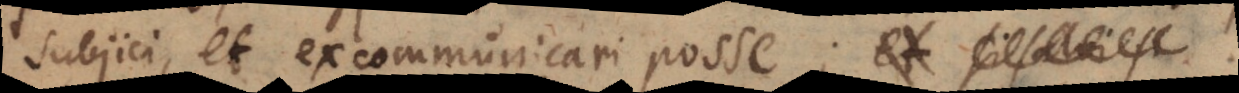
subjici, et excommunicari posse; et si